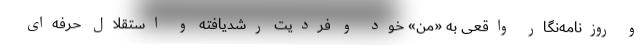
و روزنامه‌نگار واقعی به «من» خود و فردیت رشد‌یافته و استقلال حرفه‌ای